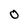
Character: 0